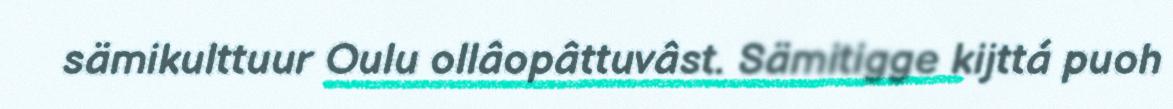
sämikulttuur Oulu ollâopâttuvâst. Sämitigge kijttá puoh